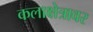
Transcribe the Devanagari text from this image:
कलाक्षेत्रावर